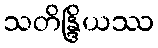
သတိန္ဒြိယဿ